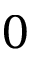
0